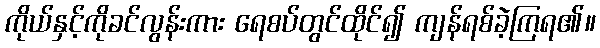
ကိုယ်နှင့်ကိုခင်လွန်းကား ရေစပ်တွင်ထိုင်၍ ကျန်ရစ်ခဲ့ကြရ၏။